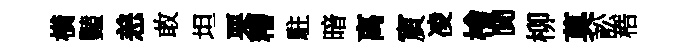
橫豔恙敢坦栗糟駐暗离賔凌檜閴柳莫訟梏